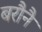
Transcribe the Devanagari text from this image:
बरौनै